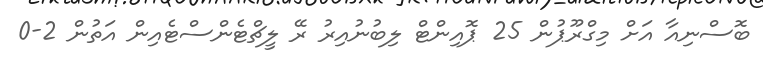
ބޮސްނިއާ އަށް މިގްރޫޕުން 25 ޕޮއިންޓް ލިބުނުއިރު ރޭ ލީޗްޓެންސްޓެއިން އަތުން 2-0